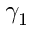
\gamma _ { 1 }